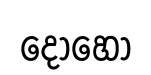
දොහො